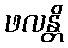
ဖလန္တိ